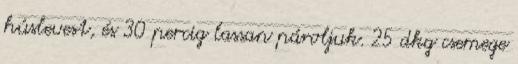
húslevest, és 30 percig lassan pároljuk. 25 dkg csemege